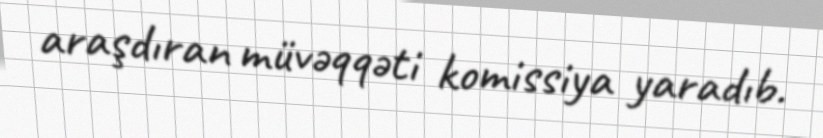
araşdıran müvəqqəti komissiya yaradıb.